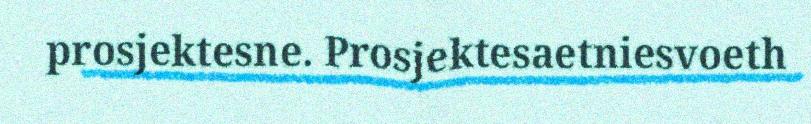
prosjektesne. Prosjektesaetniesvoeth